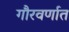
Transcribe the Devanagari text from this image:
गौरवर्णात